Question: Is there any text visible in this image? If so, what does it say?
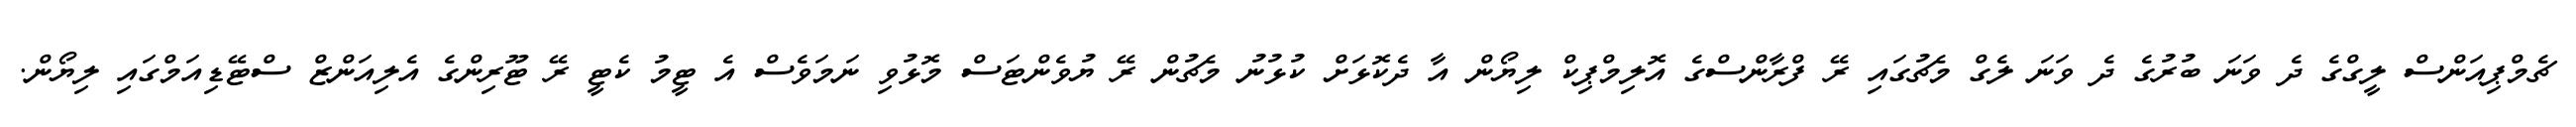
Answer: ޗެމްޕިއަންސް ލީގްގެ ދެ ވަނަ ބުރުގެ ދެ ވަނަ ލެގް މެޗުގައި ރޭ ފްރާންސްގެ އޮލިމްޕިކް ލިޔޯން އާ ދެކޮޅަށް ކުޅުނު މެޗުން ރޭ ޔުވެންޓަސް މޮޅުވި ނަމަވެސް އެ ޓީމު ކެޓީ ރޭ ޓޫރިންގެ އެލިއަންޒް ސްޓޭޑިއަމްގައި ލިޔޯން.